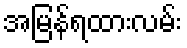
အမြန်ရထားလမ်း